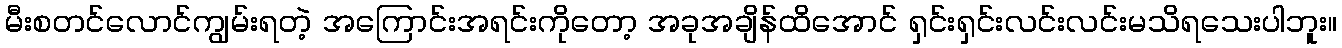
မီးစတင်လောင်ကျွမ်းရတဲ့ အကြောင်းအရင်းကိုတော့ အခုအချိန်ထိအောင် ရှင်းရှင်းလင်းလင်းမသိရသေးပါဘူး။